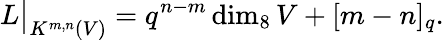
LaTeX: L\big|_{K^{m,n}(V)}=q^{n-m}\dim_{8}V+[m-n]_{q}.